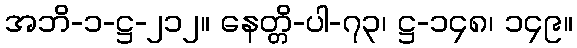
အဘိ-၁-ဋ္ဌ-၂၁၂။ နေတ္တိ-ပါ-၇၃၊ ဋ္ဌ-၁၄၈၊ ၁၄၉။